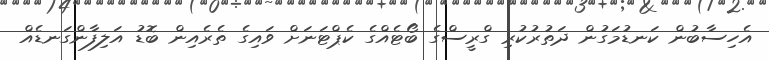
އެހިސާބުން ކަނޑުމަގުން ދަތުރުކުރި ގްރީސްގެ ބޯޓެއްގެ ކެޕްޓަނަށް ވައިގެ ތެރެއިން ބޮޑު އަލިފާންގަނޑެއް